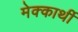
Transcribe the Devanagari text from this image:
मेक्कार्थी